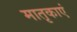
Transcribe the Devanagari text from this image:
मातृकाएं